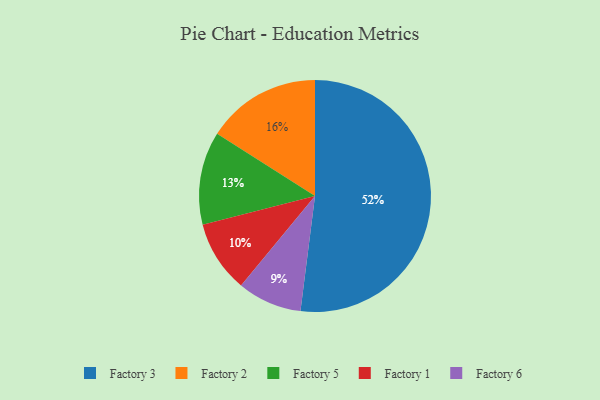
{"axis": {"x": "Category", "y": "Percentage"}, "legend": ["Factory 1", "Factory 2", "Factory 3", "Factory 5", "Factory 6"], "data": [{"x": "Factory 3", "y": 52, "type": "Factory 3"}, {"x": "Factory 1", "y": 10, "type": "Factory 1"}, {"x": "Factory 2", "y": 16, "type": "Factory 2"}, {"x": "Factory 5", "y": 13, "type": "Factory 5"}, {"x": "Factory 6", "y": 9, "type": "Factory 6"}]}